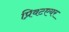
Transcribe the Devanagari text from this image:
प्रिवटएयर